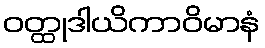
ဝတ္ထုဒါယိကာဝိမာနံ